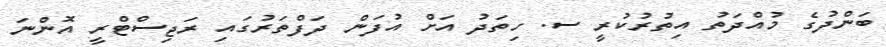
ބަންދުގެ މުއްދަތު އިތުރުކުރީ ސ. ހިތަދު އަށް އުފަން ދަފްތަރުގައި ރަޖިސްޓްރީ އޮންނަ